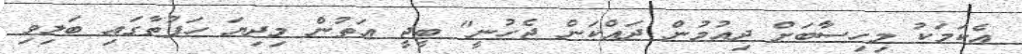
އެކަމަކު މިހިސާބަށް ދިއުމުން ދައްކަން ޖެހުނީ" ބީޖީ އަތުން މިދިޔަ ހަފުތާގައި ބަލިވި